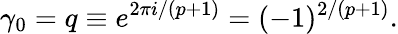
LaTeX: \gamma_{0}=q\equiv e^{2\pi i/(p+1)}=(-1)^{2/(p+1)}.